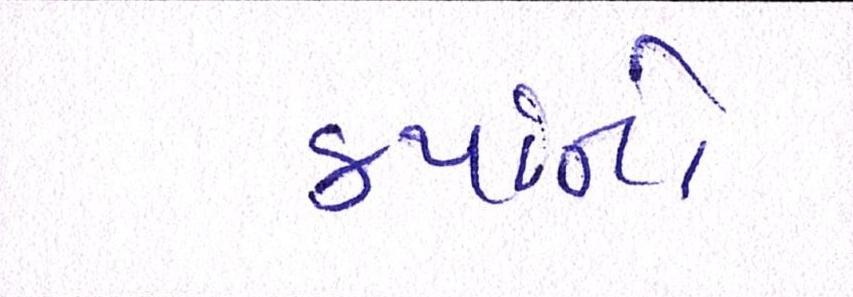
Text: કર્યાનો